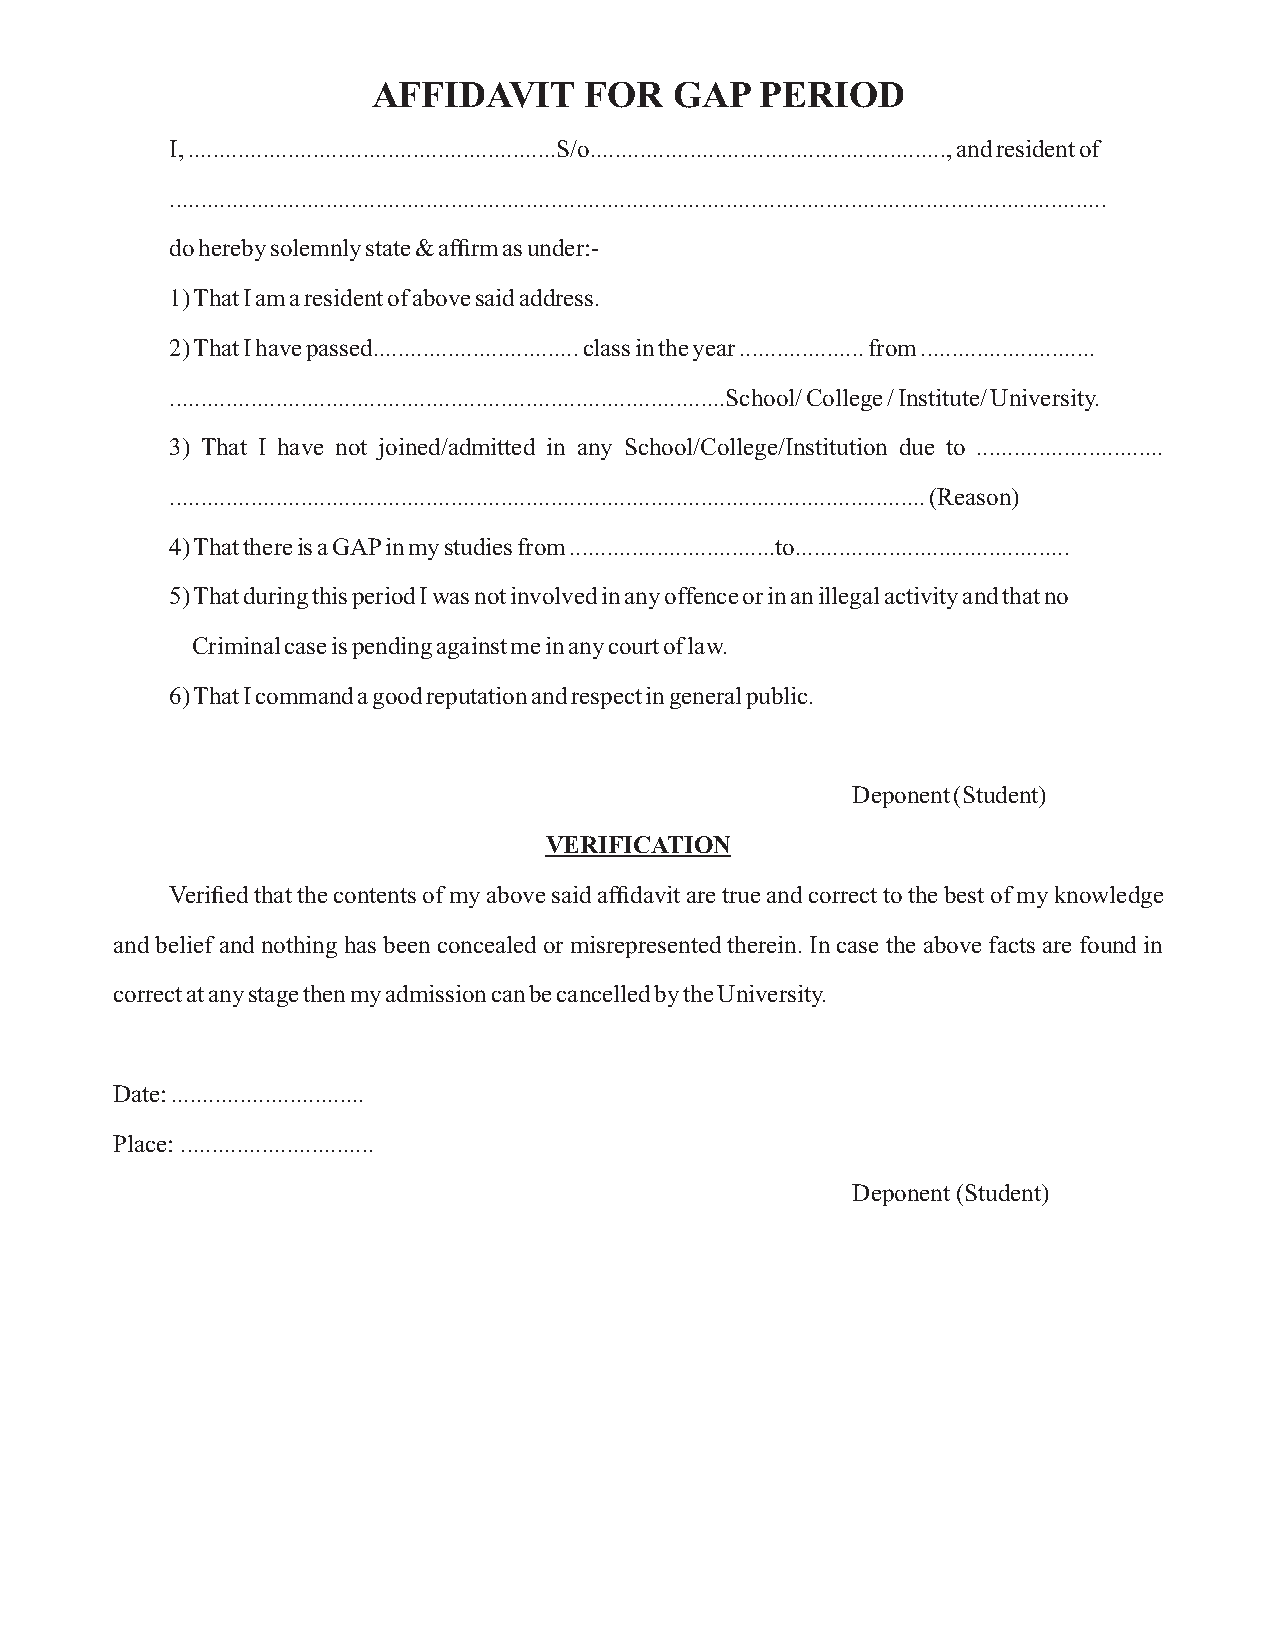
AFFIDAVIT     FOR   GAP  PERIOD
 I, ...........................................................S/o........................................................., and resident of
 ......................................................................................................................................................
 do hereby solemnly state & affirm as under:-
 1) That I am a resident of above said address.
 2) That I have passed................................. class in the year .................... from ............................
 .........................................................................................School/ College / Institute/ University.
 3) That I have not joined/admitted in any School/College/Institution due to ..............................
 ......................................................................................................................... (Reason)
 4) That there is a GAP in my studies from .................................to............................................
 5) That during this period I was not involved in any offence or in an illegal activity and that no
 Criminal case is pending against me in any court of law.
 6) That I command a good reputation and respect in general public.
 Deponent (Student)
 VERIFICATION
 Verified that the contents of my above said affidavit are true and correct to the best of my knowledge
 and belief and nothing has been concealed or misrepresented therein. In case the above facts are found in
 correct at any stage then my admission can be cancelled by the University.
 Date: ...............................
 Place: ...............................
 Deponent (Student)